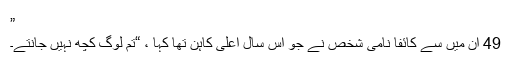
”
49 ان میں سے کائفا نامی شخص نے جو اس سال اعلیٰ کاہن تھا کہا ، “تم لوگ کچھ نہیں جانتے۔